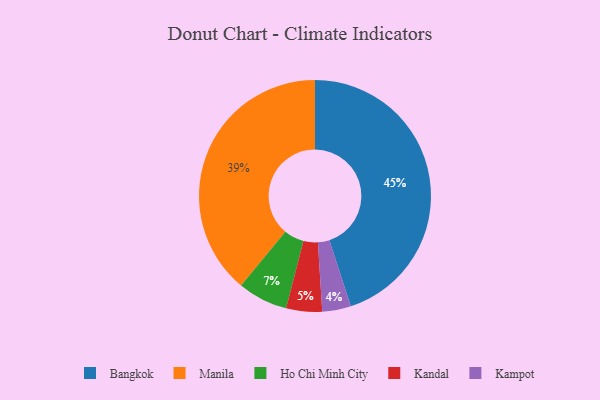
{"axis": {"x": "Category", "y": "Percentage"}, "legend": ["Bangkok", "Ho Chi Minh City", "Kampot", "Kandal", "Manila"], "data": [{"x": "Ho Chi Minh City", "y": 7, "type": "Ho Chi Minh City"}, {"x": "Kandal", "y": 5, "type": "Kandal"}, {"x": "Manila", "y": 39, "type": "Manila"}, {"x": "Kampot", "y": 4, "type": "Kampot"}, {"x": "Bangkok", "y": 45, "type": "Bangkok"}]}